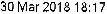
30 MAR 2018 18:17